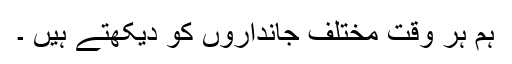
ہم ہر وقت مختلف جانداروں کو دیکھتے ہیں ۔